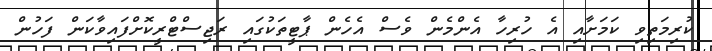
ކުރިމަތިވި ކަމަށާއި އެ ހުރިހާ އެންމެން ވެސް އެހެން ޕާޓީތަކުގައި ރަޖިސްޓްރީކޮށްފައިވާކަން ފަހުން